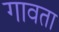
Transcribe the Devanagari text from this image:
गावता